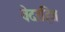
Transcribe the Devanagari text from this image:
वेदरहित